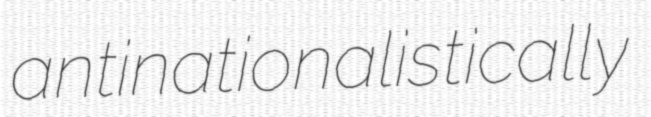
antinationalistically